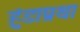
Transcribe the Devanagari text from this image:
हुंडाप्रथा